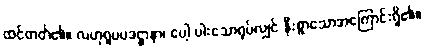
ထင်တတ်၏။ လဟုရူပပဒဋ္ဌာနာ၊ ပေါ့ ပါးသောရုပ်လျှင် နီးစွာသောအကြောင်းရှိ၏။